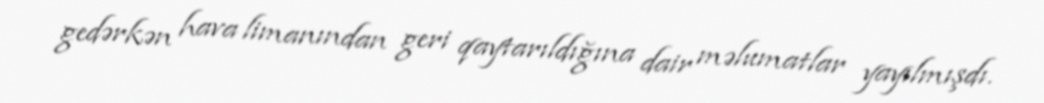
gedərkən hava limanından geri qaytarıldığına dair məlumatlar yayılmışdı.